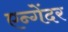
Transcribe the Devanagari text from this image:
एन्गेंदर